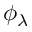
\phi _ { \lambda }